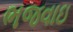
ભજવાઇ